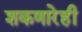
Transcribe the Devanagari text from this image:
शकणारेही